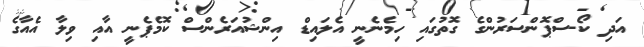
އަދި ކޯ-ސްޕޮންސަރުންގެ ގޮތުގައި ހިމެނެނީ އެލައިޑް އިންޝުއަރެންސް ކޮމެޕެނީ އާއި ވިލާ އެއާގެ